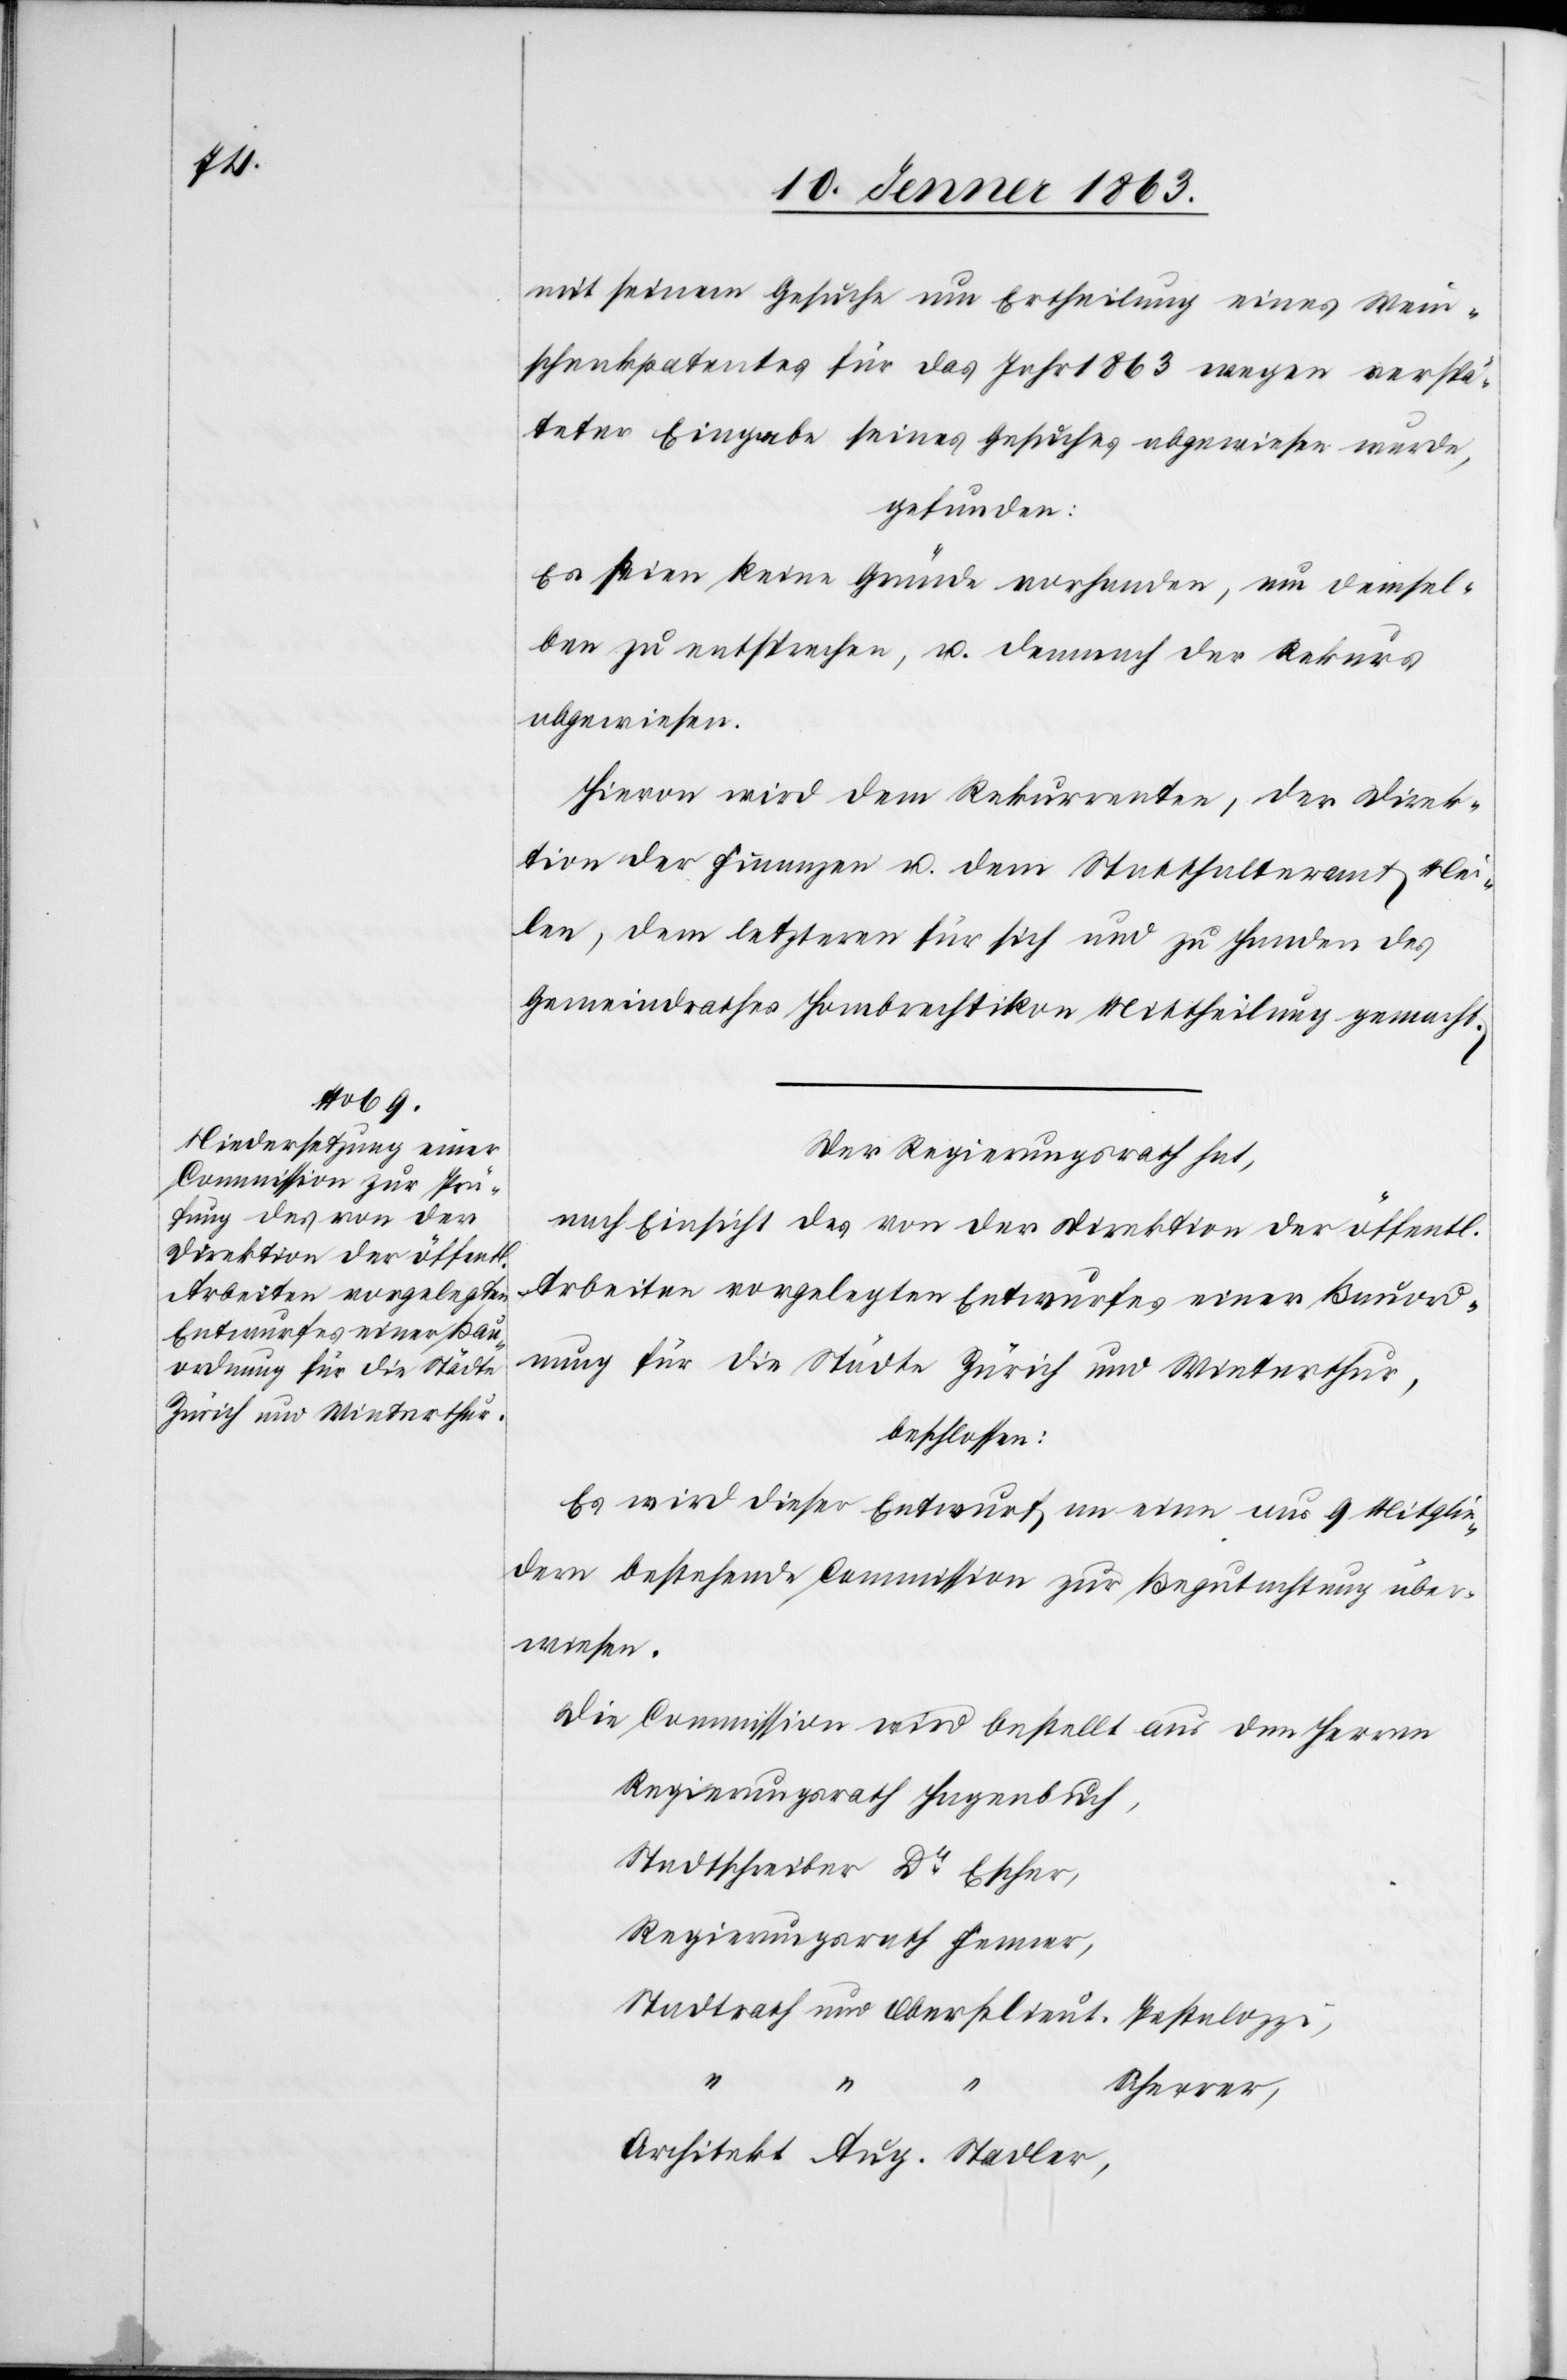
mit seinem Gesuche um Ertheilung eines Wein¬
schenkpatentes für das Jahr 1863 wegen verspä¬
teter Eingabe seines Gesuches abgewiesen wurde,
gefunden:
Es seien kein Gründe vorhanden, um demsel¬
ben zu entsprechen, u. demnach der Rekurs
abgewiesen.
Hievon wird dem Rekurrenten, der Direk¬
tion der Finanzen u. dem Statthalteramt Mei¬
len, dem letzteren für sich und zu Handen des
Gemeindrathes Hombrechtikon Mittheilung gemacht.
Der Regierungsrath hat,
nach Einsicht des von der Direktion der öffentl.
Arbeiten vorgelegten Entwurfes einer Bauord¬
nung für die Städte Zürich und Winterthur,
beschlossen:
Es wird dieser Entwurf an eine aus 9 Mitglie¬
dern bestehende Commission zur Begutachtung über¬
wiesen.
Die Commission wird bestellt aus den Herren
Regierungsrath Hagenbuch,
Stadtschreiber Dr Escher,
Regierungsrath Fenner,
Stadtrath und Oberstlieut. Pestalozzi,
Architekt Aug. Stadler,